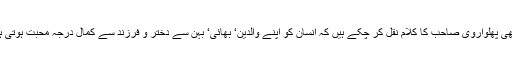
ہم ابھی پھلواروی صاحب کا کلام نقل کر چکے ہیں کہ انسان کو اپنے والدین‘ بھائی‘ بہن سے دختر و فرزند سے کمال درجہ محبت ہوتی ہے ۔